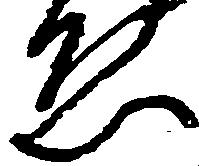
ゑ